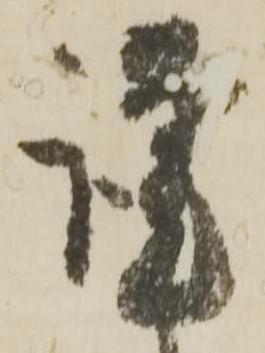
謹